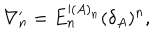
\nabla _ { n } ^ { \prime } = E _ { n } ^ { \prime ( A ) _ { n } } ( \delta _ { A } ) ^ { n } ,